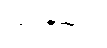
ဩဒနသုရာ